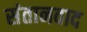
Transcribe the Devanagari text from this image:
संतानवाद